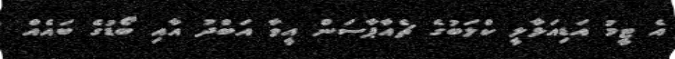
އެ ޓީމު އަޑިއަޅާލީ ކްލަބުގެ ޗެއާޕާސަން އީވާ އަބްދު އާއި ބޯޑުގެ ބައެއް